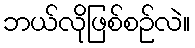
ဘယ်လိုဖြစ်စဉ်လဲ။